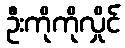
ဦးကိုကိုလှိုင်